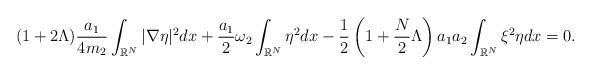
LaTeX: \begin{align*}\left.\begin{array}{ll}\displaystyle(1+2\Lambda)\dfrac{a_1}{4m_2}\int_{\mathbb{R}^N}|\nabla\eta|^2dx+\dfrac{a_1}{2}\omega_2\int_{\mathbb{R}^N}\eta^2dx-\dfrac{1}{2}\left(1+\dfrac{N}{2}\Lambda\right)a_1a_2\int_{\mathbb{R}^N}\xi^2\eta dx=0.\end{array}\right.\end{align*}